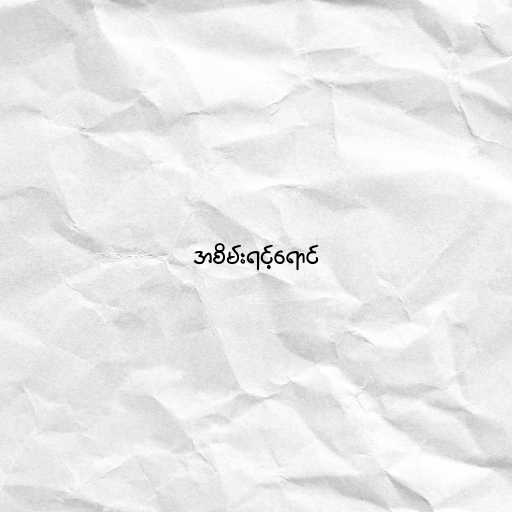
အစိမ်းရင့်ရောင်